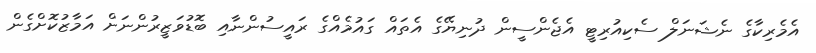
އެމެރިކާގެ ނެޝަނަލް ސެކިއުރިޓީ އެޖެންސީން ދުނިޔޭގެ އެތައް ގައުމެއްގެ ރައީސުންނާއި ބޮޑުވަޒީރުންނަށް އަމާޒުކޮށްގެން